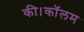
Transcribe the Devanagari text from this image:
की।कॉलम